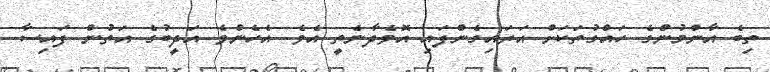
ތިބެ އާންމުންގެ ހައްގުތަކަށް އަރައިގެންފައި އޮވެދާނެތީ އެވެ. އެހެންވެ އަދީބުގެ އަތުން ފައިސާ